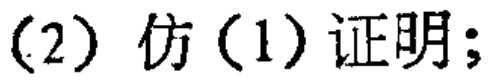
(2) 仿(1)证明;